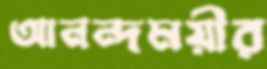
আনন্দময়ীর